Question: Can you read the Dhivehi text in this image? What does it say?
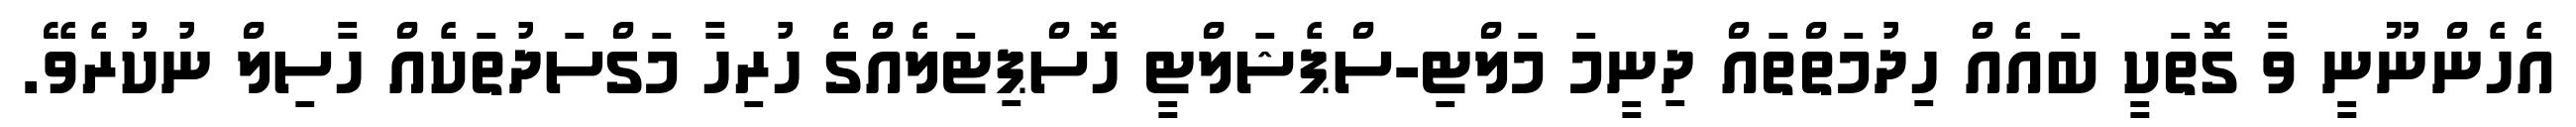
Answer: އެހެންނޫނީ ވާ ގޮތަކީ ބައެއް ހިދުމަތްތައް ދިނީމަ މަލްޓި-ސްޕެޝަލްޓީ ހޮސްޕިޓަލެއްގެ ހުރިހާ މަގްސަދުތަކެއް ހާސިލް ނުކުރެވޭ.